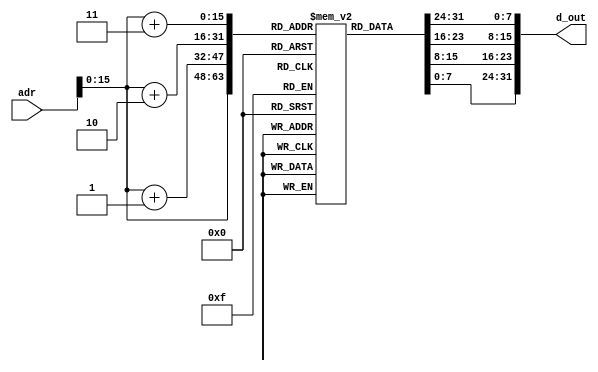
module inst_mem (adr, d_out);
  input [31:0] adr;
  output [31:0] d_out;
  
  reg [7:0] mem[0:65535];
  
  initial
  begin
    //         add    R10, R0, R0
    //         addi   R1,  R0, 20
    // Loop:   beq    R1,  R0, END
    //         lw     R11, 100(R1)
    //         add    R10, R10, R11
    //         addi   R1, R1, -4
    //         beq    R0, R0, Loop
    // END:    sw     R10, 200(R0)
    
    {mem[3],  mem[2],  mem[1], mem[0]}   = {6'h00, 5'd0, 5'd0, 5'd10, 5'd0, 6'h20};   
    {mem[7],  mem[6],  mem[5], mem[4]}   = {6'h09, 5'd0, 5'd1, 16'd20};               
    {mem[11], mem[10], mem[9],  mem[8]}  = {6'h04, 5'd1, 5'd0, 16'd4};                
    {mem[15], mem[14], mem[13], mem[12]} = {6'h23, 5'd1, 5'd11, 16'd100};      
    {mem[19], mem[18], mem[17], mem[16]} = {6'h00, 5'd10, 5'd11, 5'd10, 5'd0, 6'h20}; 
    {mem[23], mem[22], mem[21], mem[20]} = {6'h09, 5'd1, 5'd1, -16'd4};               
    {mem[27], mem[26], mem[25], mem[24]} = {6'h04, 5'd0, 5'd0, -16'd5};               
    {mem[31], mem[30], mem[29], mem[28]} = {6'h2B, 5'd0, 5'd10, 16'd200};
    {mem[35], mem[34], mem[33], mem[32]} = {6'b001010, 5'd0, 5'd1, 16'd20};           	 
    {mem[39], mem[38], mem[37], mem[36]} = {6'b000110, 26'd4};
    {mem[43], mem[42], mem[41], mem[40]} = {6'h2B, 5'd2, 5'd3, 16'd204};
    {mem[35], mem[34], mem[33], mem[32]} = {6'b000110, 5'b11111,21'b0};  
  end
  
  assign d_out = {mem[adr[15:0]+3], mem[adr[15:0]+2], mem[adr[15:0]+1], mem[adr[15:0]]};
  
endmodule